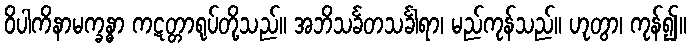
ဝိပါကိနာမက္ခန္ဓာ ကဋတ္တာရုပ်တို့သည်။ အဘိသင်္ခတသင်္ခါရာ၊ မည်ကုန်သည်။ ဟုတွာ၊ ကုန်၍။